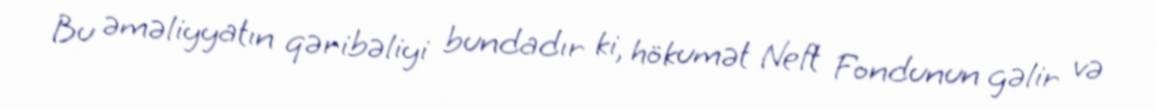
Bu əməliyyatın qəribəliyi bundadır ki, hökumət Neft Fondunun gəlir və